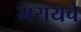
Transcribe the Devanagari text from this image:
मरायचे